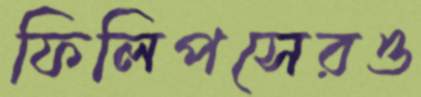
ফিলিপসেরও